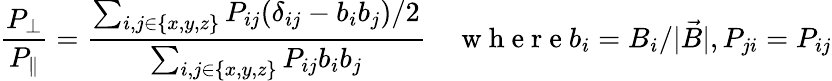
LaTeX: \frac{P_{\perp}}{P_{\parallel}}=\frac{\sum_{i,j\in\{ x,y,z\} }P_{ij}(\delta_{ij}-b_{i}b_{j})/2}{\sum_{i,j\in\{ x,y,z\} }P_{ij}b_{i}b_{j}}\quad\mathrm{~w~h~e~r~e~}b_{i}=B_{i}/|\vec{B}|,P_{ji}=P_{ij}